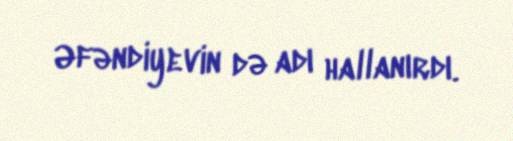
Əfəndiyevin də adı hallanırdı.